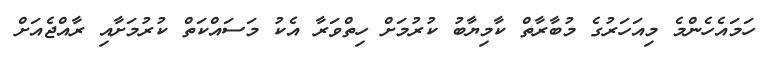
ހަމައެހެންމެ މިއަހަރުގެ މުބާރާތް ކާމިޔާބު ކުރުމަށް ހިތްވަރާ އެކު މަސައްކަތް ކުރުމަށާއި ރާއްޖެއަށް